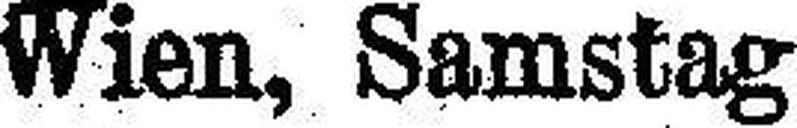
Wien, Samstag